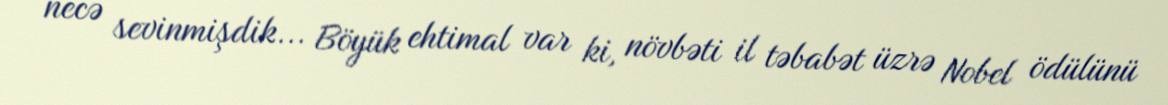
necə sevinmişdik... Böyük ehtimal var ki, növbəti il təbabət üzrə Nobel ödülünü